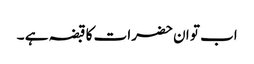
اب تو ان حضرات کا قبضہ ہے ۔